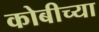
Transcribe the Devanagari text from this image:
कोबीच्या